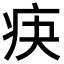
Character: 疦